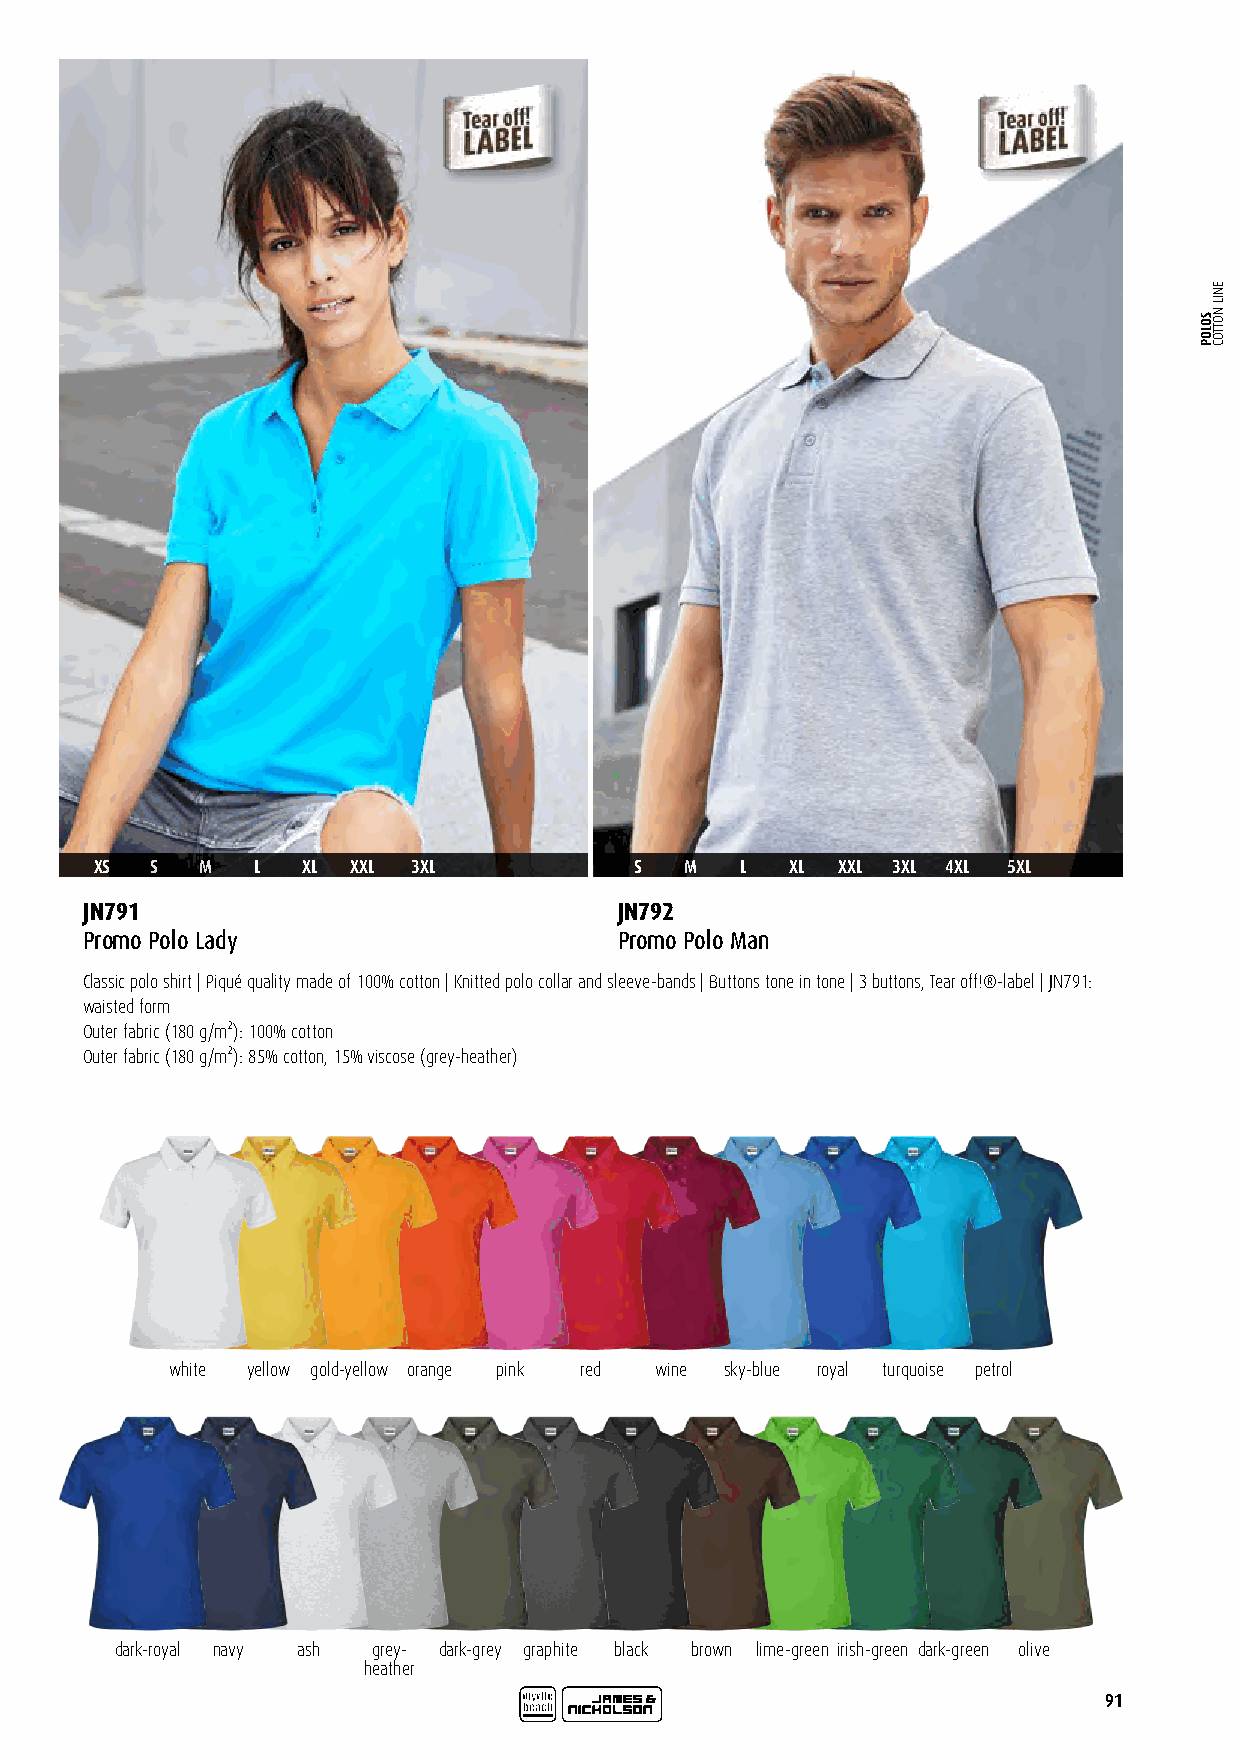
XS  S  M   L  XL XXL 3XL            S  M   L  XL XXL 3XL 4XL 5XL
 JN791                               JN792
 Promo Polo Lady                     Promo Polo Man
 Classic polo shirt | Piqué quality made of 100% cotton | Knitted polo collar and sleeve-bands | Buttons tone in tone | 3 buttons, Tear off!®-label | JN791:
 waisted form
 Outer fabric (180 g/m²): 100% cotton
 Outer fabric (180 g/m²): 85% cotton, 15% viscose (grey-heather)
 white yellow gold-yellow orange pink red wine sky-blue royal turquoise petrol
 dark-royal navy ash grey- dark-grey graphite black brown lime-green irish-green dark-green olive
 heather
 91
 SOLOP
 ENIL
 NOTTOC